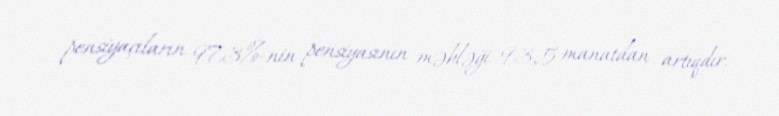
pensiyaçıların 97,3%-nin pensiyasının məbləği 93,5 manatdan artıqdır.